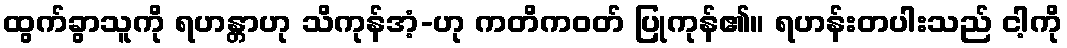
ထွက်ခွာသူကို ရဟန္တာဟု သိကုန်အံ့-ဟု ကတိကဝတ် ပြုကုန်၏။ ရဟန်းတပါးသည် ငါ့ကို